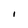
Character: I